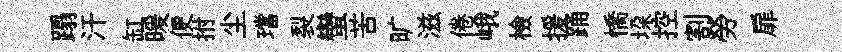
蹋汗缸暖便拊尘璫裂蠻苦旷滋倦峨檢援踊憍垜控割勞扉